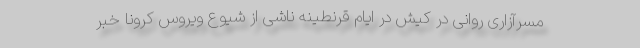
مسرآزاری روانی در کیش در ایام قرنطینه ناشی از شیوع ویروس کرونا خبر